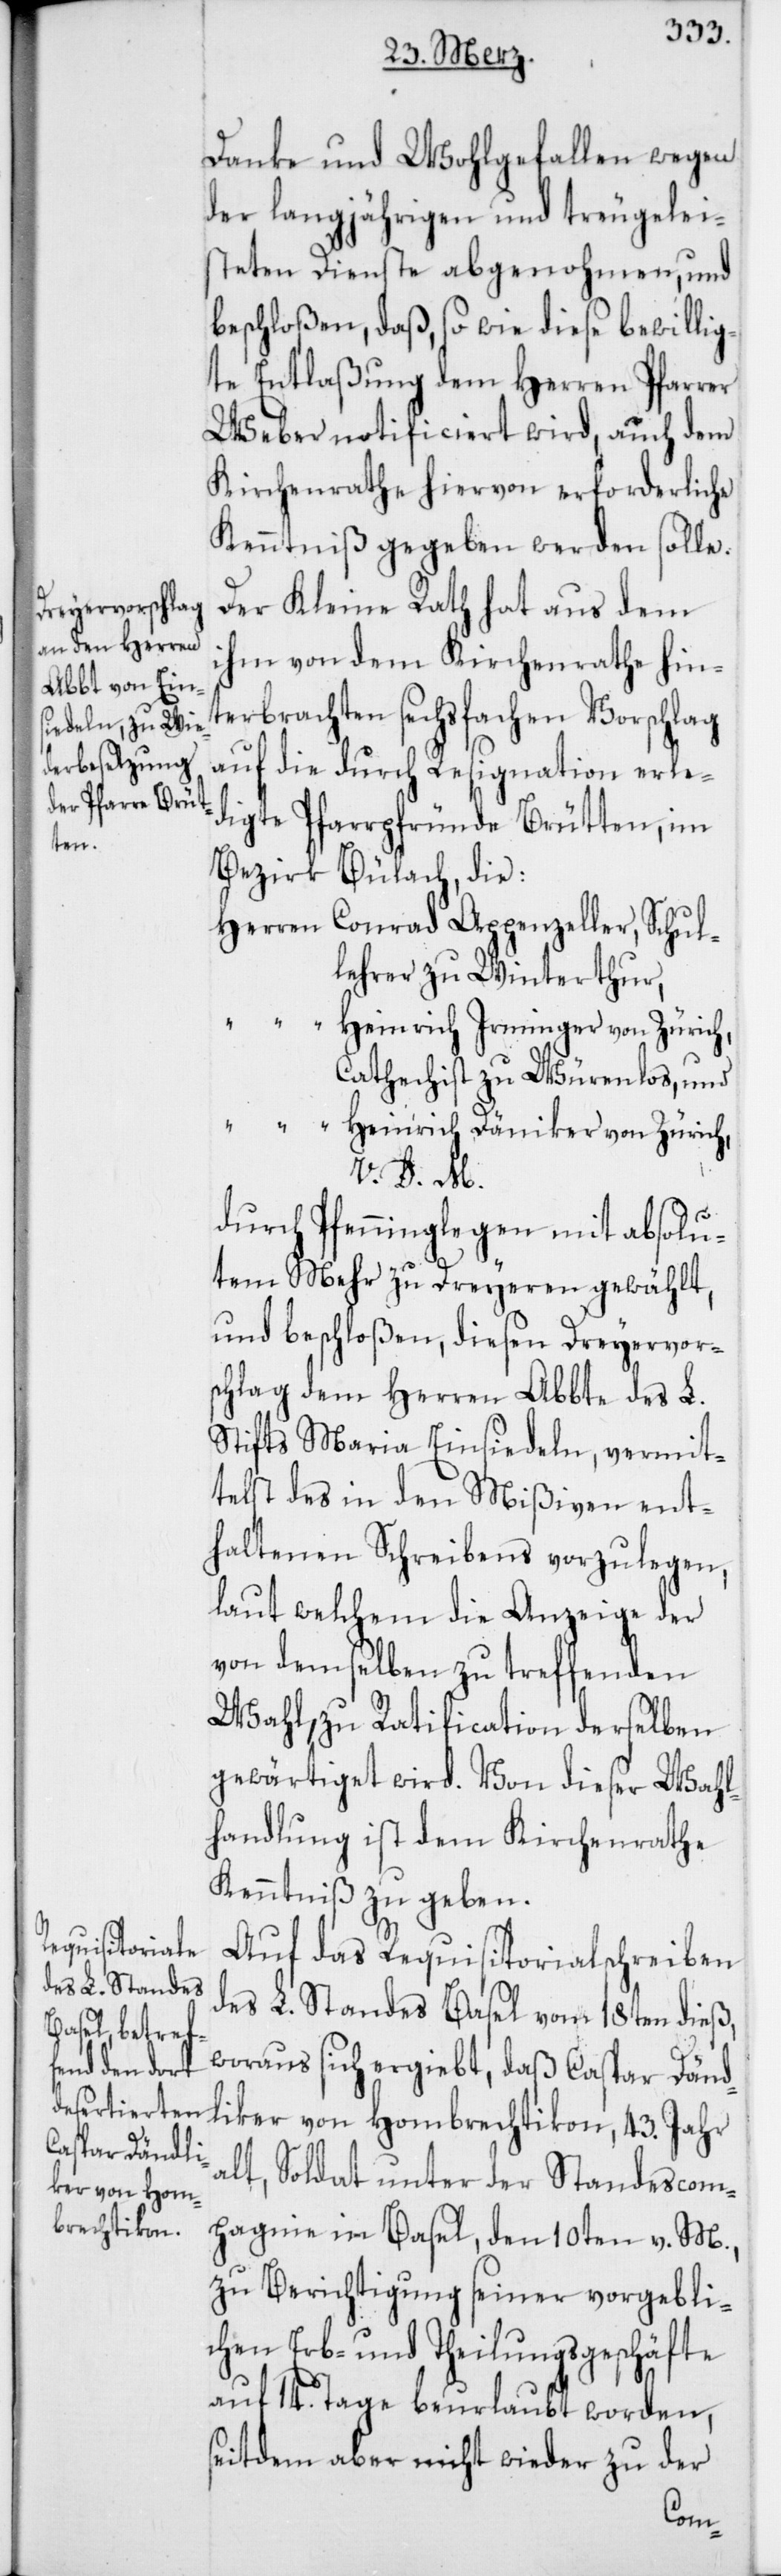
Danke und Wohlgefallen wegen
der langjährigen und treu gelei¬
steten Dienste abgenohmen, und
beschloßen, daß, so wie diese bewillig¬
te Entlaßung dem Herren Pfarrer
Weber notificiert wird, auch dem
Kirchenrathe hiervon erforderliche
Kenntniß gegeben werden solle.
Der Kleine Rath hat aus dem
ihm von dem Kirchenrathe hin¬
terbrachten sechsfachen Vorschlag
auf die durch Resignation erle¬
digte Pfarrpfründe Brütten, im
Bezirk Bülach, die
Herren Conrad Appenzeller, Schul¬
lehrer zu Winterthur,
“ Heinrich Irminger von Zürich,
Cathechist zu Würenlos, und
“ Heinrich Däniker von Zürich,
V. D. M.
durch Pfenninglegen mit absolu¬
tem Mehr zu Dreyeren gewählt,
und beschloßen, diesen Dreyervors¬
chlag dem Herren Abbte des L.
Stifts Maria Einsiedeln, vermit¬
telst des in den Mißiven ent¬
haltenen Schreibens vorzulegen,
laut welchem die Anzeige der
von demselben zu treffenden
Wahl, zu Ratfication derselben
gewärtiget wird. Von dieser Wahl¬
handlung ist dem Kirchenrathe
Kenntniß zu geben.
Auf das Requisitorialschreiben
des L. Standes Basel vom 18ten dieß,
woraus sich ergiebt, daß Caspar Dänd¬
liker von Hombrechtikon, 43. Jahr
alt, Soldat unter der Standescom¬
pagnie in Basel, den 10ten v. M.,
zu Berichtigung seiner vorgebli¬
chen Erb- und Theilungsgeschäfte
auf 14. Tage beurlaubt worden,
seitdem aber nicht wieder zu der